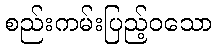
စည်းကမ်းပြည့်ဝသော